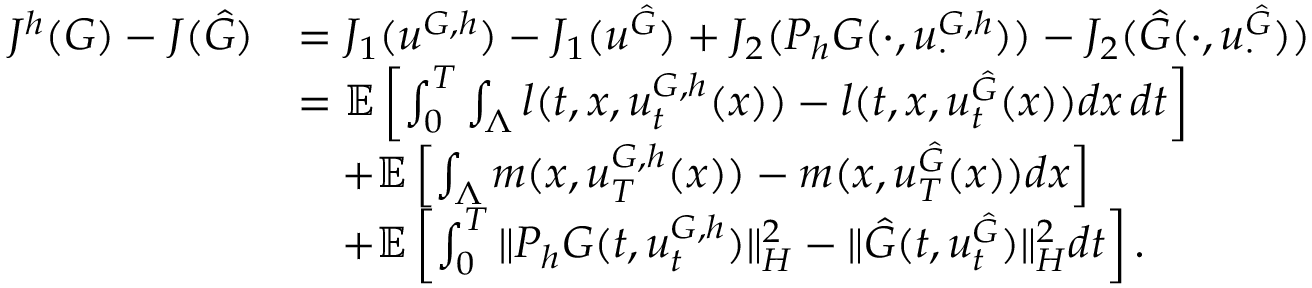
\begin{array} { r l } { J ^ { h } ( G ) - J ( \hat { G } ) } & { = J _ { 1 } ( u ^ { G , h } ) - J _ { 1 } ( u ^ { \hat { G } } ) + J _ { 2 } ( P _ { h } G ( \cdot , u _ { \cdot } ^ { { G , h } } ) ) - J _ { 2 } ( \hat { G } ( \cdot , u _ { \cdot } ^ { \hat { G } } ) ) } \\ & { = \mathbb { E } \left[ \int _ { 0 } ^ { T } \int _ { \Lambda } l ( t , x , u _ { t } ^ { G , h } ( x ) ) - l ( t , x , u _ { t } ^ { \hat { G } } ( x ) ) d x \, d t \right] } \\ & { \quad + \mathbb { E } \left[ \int _ { \Lambda } m ( x , u _ { T } ^ { G , h } ( x ) ) - m ( x , u _ { T } ^ { \hat { G } } ( x ) ) d x \right] } \\ & { \quad + \mathbb { E } \left[ \int _ { 0 } ^ { T } \| P _ { h } G ( t , u _ { t } ^ { G , h } ) \| _ { H } ^ { 2 } - \| \hat { G } ( t , u _ { t } ^ { \hat { G } } ) \| _ { H } ^ { 2 } d t \right] . } \end{array}